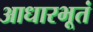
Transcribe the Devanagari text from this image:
आधारभूतं